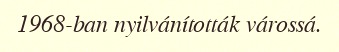
1968-ban nyilvánították várossá.